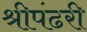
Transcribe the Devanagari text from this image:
श्रीपंढरी